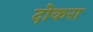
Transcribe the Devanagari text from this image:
दोकरा